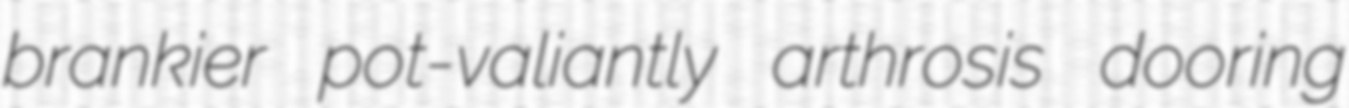
brankier pot-valiantly arthrosis dooring